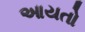
આયતો